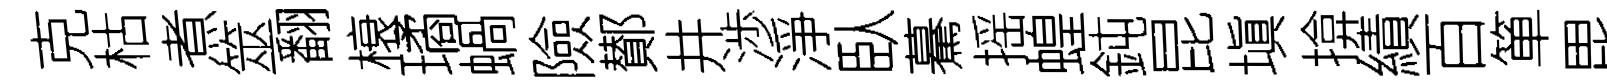
克枯煮筮翻榱璚蝸險鄼井渉淨臥驀摇蝗鈍昆塡揜績百箪毘